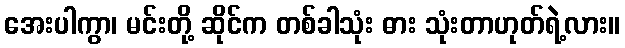
အေးပါကွာ၊ မင်းတို့ ဆိုင်က တစ်ခါသုံး ဓား သုံးတာဟုတ်ရဲ့လား။